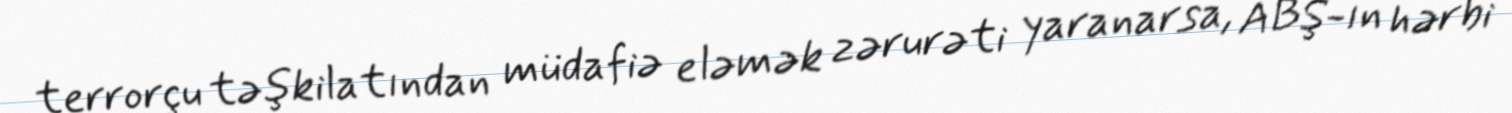
terrorçu təşkilatından müdafiə eləmək zərurəti yaranarsa, ABŞ-ın hərbi